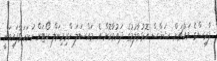
ފާރިސްގެ މައްޗަށް ޝަޚްސް އޮޅުވާލުމުގެ ދައުވާކޮށް އެ މައްސަލަ ކްރިމިނަލް ކޯޓަށް ހުށަހަޅާފައިވަނީ